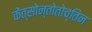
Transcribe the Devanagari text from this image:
केंत्सोन्तोतोच्तिन